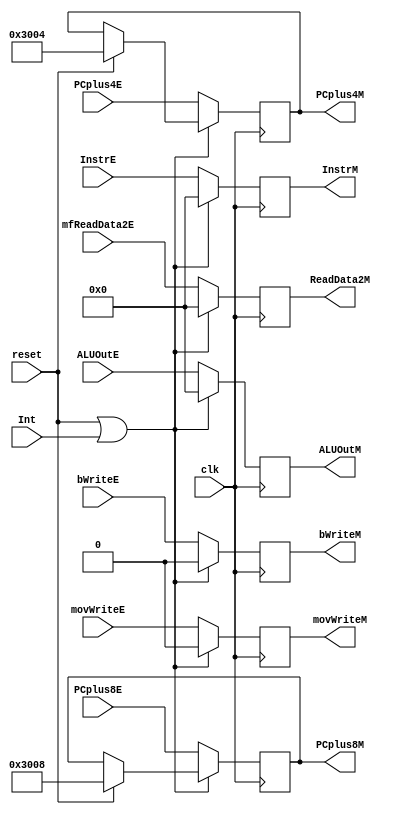
`timescale 1ns / 1ps
//////////////////////////////////////////////////////////////////////////////////
// Company: 
// Engineer: 
// 
// Design Name: 
// Module Name:    M_Registers 
// Project Name: 
// Target Devices: 
// Tool versions: 
// Description: 
//
// Dependencies: 
//
// Revision: 
// Revision 0.01 - File Created
// Additional Comments: 
//
//////////////////////////////////////////////////////////////////////////////////
module M_Registers(               
	 input  clk,                   //
	 input  reset,                 //
	 input  Int,
    input  [31:0] InstrE,         //Instr in EX
	 input  [31:0] PCplus4E,       //PC+4 in EX
	 input  [31:0] PCplus8E,       //PC+8 in EX
	 input  [31:0] ALUOutE,        //ALUOut in EX
	 input  movWriteE,
	 input  bWriteE,
	 input  [31:0] mfReadData2E,   //mfReadData2 in EX
	 output  [31:0] InstrM,        //Instr in MEM
	 output  [31:0] PCplus4M,      //PC+4 in MEM
	 output  [31:0] PCplus8M,      //PC+8 in MEM
	 output  [31:0] ALUOutM,       //ALUOut in MEM
	 output  movWriteM,
	 output  bWriteM,
	 output  [31:0] ReadData2M     // ReadData2 in MEM
    );
	 reg [31:0] Instr;
	 reg [31:0] PCplus4;
	 reg [31:0] PCplus8;
	 reg [31:0] ALUOut;
	 reg movWrite;
	 reg bWrite;
	 reg [31:0] ReadData2;
	 
	 assign InstrM = Instr,
			  PCplus4M = PCplus4,
			  PCplus8M = PCplus8,
			  ALUOutM = ALUOut,
			  movWriteM = movWrite,
			  bWriteM = bWrite,
			  ReadData2M = ReadData2;
			  
	 initial begin                    //??
		Instr <= 32'h0000_0000;
		PCplus4 <= 32'h0000_3004;
		PCplus8 <= 32'h0000_3008;
		ALUOut <= 32'h0000_0000;
		movWrite <= 1'b0;
		bWrite <= 1'b0;
		ReadData2 <= 32'h0000_0000;
	 end
	 
	 always @(posedge clk) begin
		if(reset | Int) begin                //
			Instr <= 32'h0000_0000;
			ALUOut <= 32'h0000_0000;
			movWrite <= 1'b0;
			bWrite <= 1'b0;
			ReadData2 <= 32'h0000_0000;
			if (reset) begin
				PCplus4 <= 32'h0000_3004;
				PCplus8 <= 32'h0000_3008;
			end
		end
		else begin
			Instr <= InstrE;
			PCplus4 <= PCplus4E;
			PCplus8 <= PCplus8E;
			ALUOut <= ALUOutE;
			movWrite <= movWriteE;
			bWrite <= bWriteE;
			ReadData2 <= mfReadData2E;
		end
	 end

endmodule